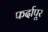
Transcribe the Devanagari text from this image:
फर्दापूर